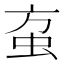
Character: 𰲱